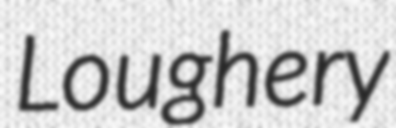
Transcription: Loughery